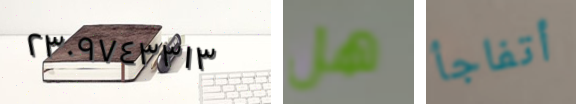
٢٣٠٩٧٤٣٣١٣ هل أتفاجأ